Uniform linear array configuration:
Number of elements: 48
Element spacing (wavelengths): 0.25
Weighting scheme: exponential
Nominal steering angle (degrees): -30
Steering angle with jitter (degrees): -29.906
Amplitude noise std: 0.05
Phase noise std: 0.05

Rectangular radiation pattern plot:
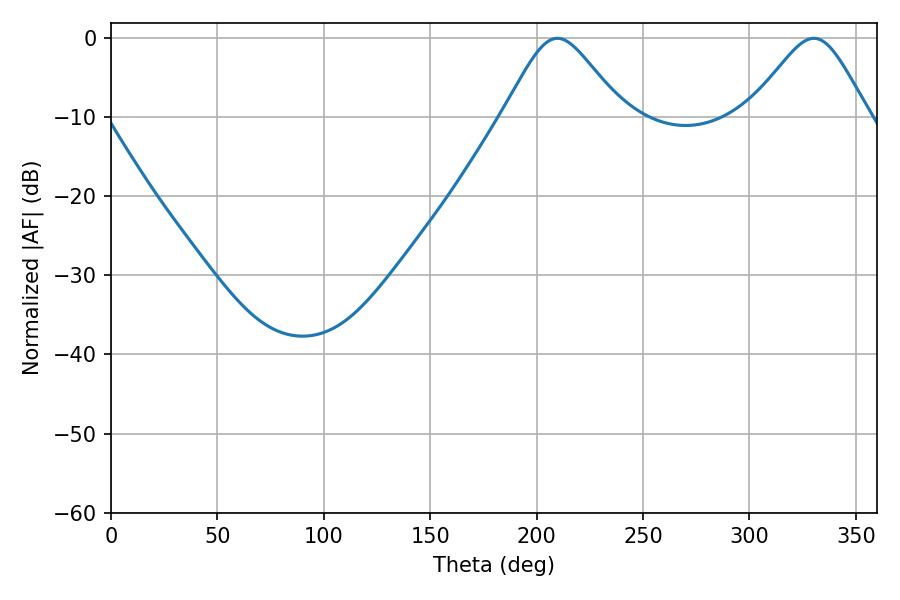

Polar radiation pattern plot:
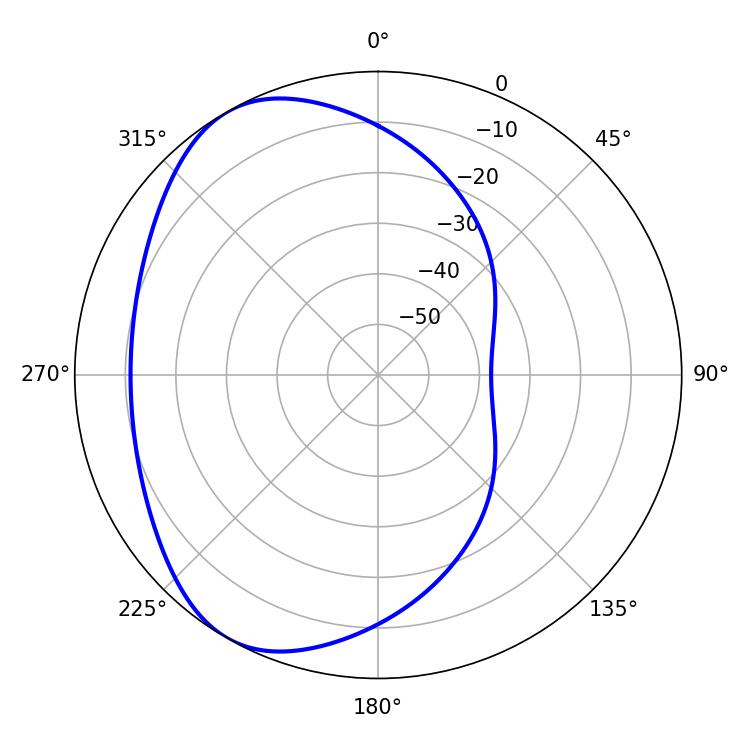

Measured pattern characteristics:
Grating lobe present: FALSE
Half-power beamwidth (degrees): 27.36
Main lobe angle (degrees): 209.7